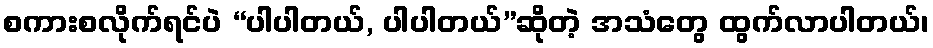
စကားစလိုက်ရင်ပဲ “ပါပါတယ်, ပါပါတယ်”ဆိုတဲ့ အသံတွေ ထွက်လာပါတယ်၊